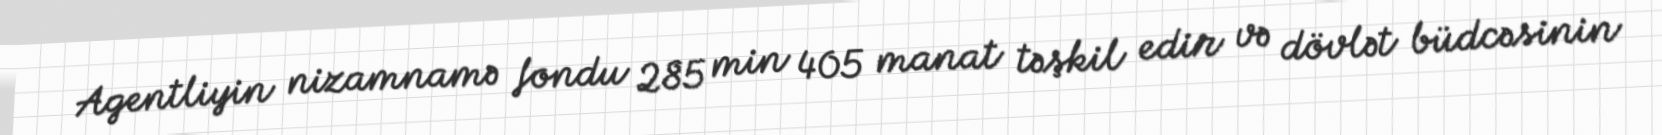
Agentliyin nizamnamə fondu 285 min 405 manat təşkil edir və dövlət büdcəsinin